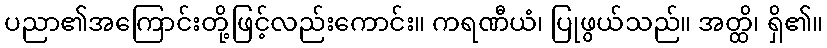
ပညာ၏အကြောင်းတို့ဖြင့်လည်းကောင်း။ ကရဏီယံ၊ ပြုဖွယ်သည်။ အတ္ထိ၊ ရှိ၏။